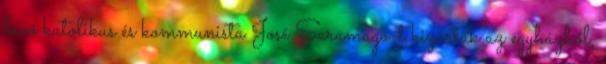
hívő katolikus és kommunista José Saramago-t kizárták az egyházból,